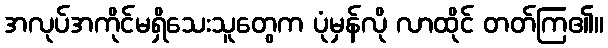
အလုပ်အကိုင်မရှိသေးသူတွေက ပုံမှန်လို လာထိုင် တတ်ကြ၏။